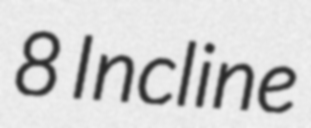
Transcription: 8 Incline